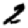
Digit: 2